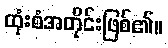
ထုံးစံအတိုင်းဖြစ်၏။